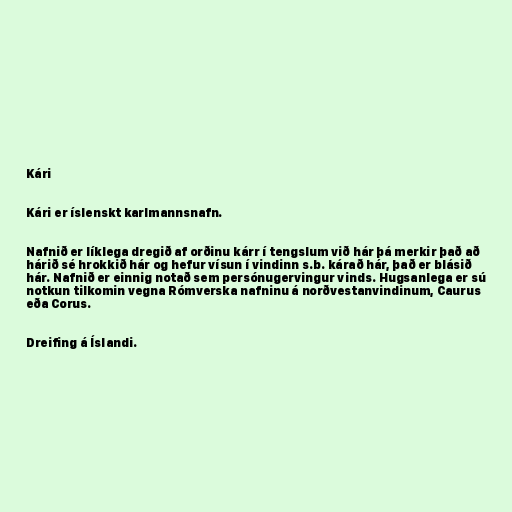
Kári

Kári er íslenskt karlmannsnafn.

Nafnið er líklega dregið af orðinu kárr í tengslum við hár þá merkir það að
hárið sé hrokkið hár og hefur vísun í vindinn s.b. kárað hár, það er blásið
hár. Nafnið er einnig notað sem persónugervingur vinds. Hugsanlega er sú
notkun tilkomin vegna Rómverska nafninu á norðvestanvindinum, Caurus
eða Corus.

Dreifing á Íslandi.